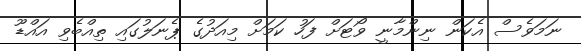
ނަމަވެސް އެކަން ނިންމާނީ ވޯޓަށް ފަހު ކަމަށް މިއަދުގެ ޕެނަލުގައި ތިއްބެވި އައްޑޫ